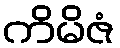
ကိမိဇံ